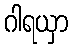
ဂါရယှာ